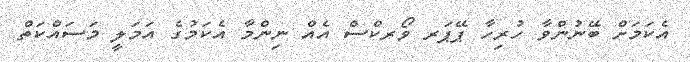
އެކަމަށް ބޭނުންވާ ހުރިހާ ޕޭޕަރ ވޯރކްސް އެއް ނިންމާ އެކަމުގެ އަމަލީ މަސައްކަތް